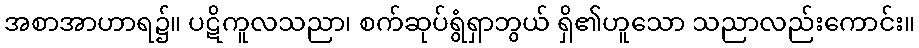
အစာအာဟာရ၌။ ပဋိကူလသညာ၊ စက်ဆုပ်ရွံရှာဘွယ် ရှိ၏ဟူသော သညာလည်းကောင်း။